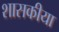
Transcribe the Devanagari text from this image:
शासकीया